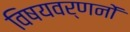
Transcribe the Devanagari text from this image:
विषयवर्णनों